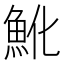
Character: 魤